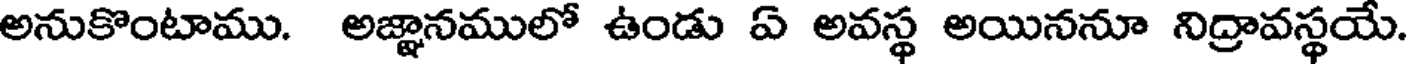
అనుకొంటాము. అజ్ఞానములో ఉండు ఏ అవస్థ అయిననూ నిద్రావస్థయే.